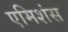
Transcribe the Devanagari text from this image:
एमिशंस